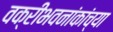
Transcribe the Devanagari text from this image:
वक्रीभवनांकांच्या